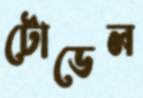
টোডেল